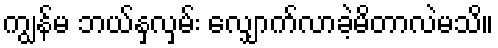
ကျွန်မ ဘယ်နှလှမ်း လျှောက်လာခဲ့မိတာလဲမသိ။